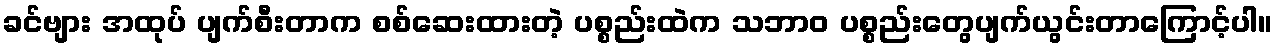
ခင်ဗျား အထုပ် ပျက်စီးတာက စစ်ဆေးထားတဲ့ ပစ္စည်းထဲက သဘာဝ ပစ္စည်းတွေပျက်ယွင်းတာကြောင့်ပါ။